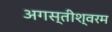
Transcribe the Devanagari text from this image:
अगस्तीश्वरम